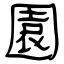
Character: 園